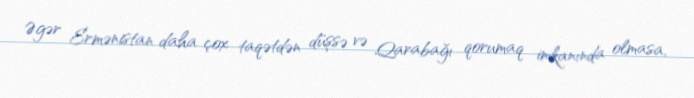
Əgər Ermənistan daha çox taqətdən düşsə və Qarabağı qorumaq imkanında olmasa,